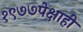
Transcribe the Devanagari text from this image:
१९७७पेक्षाही